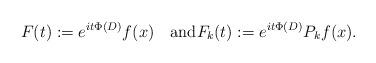
LaTeX: \begin{align*} F (t) := e^{it\Phi(D)} f(x) \quad\mbox{and}F_k (t) := e^{it\Phi(D)}P_kf(x). \end{align*}